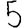
Digit: 5